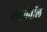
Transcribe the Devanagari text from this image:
सेकोनॉल